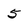
Character: 5